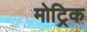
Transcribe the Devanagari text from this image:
मोट्रिक